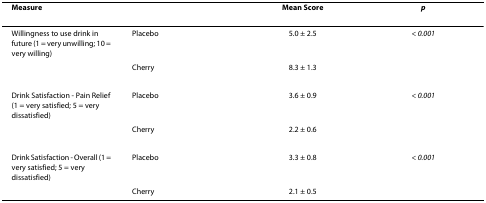
<table><thead><tr><td><b>Measure</b></td><td></td><td><b>Mean Score</b></td><td><b><i>p</i></b></td></tr></thead><tbody><tr><td>Willingness to use drink in future (1 = very unwilling; 10 = very willing)</td><td>Placebo</td><td>5.0 ± 2.5</td><td><i>&lt; 0.001</i></td></tr><tr><td></td><td>Cherry</td><td>8.3 ± 1.3</td><td></td></tr><tr><td>Drink Satisfaction - Pain Relief (1 = very satisfied; 5 = very dissatisfied)</td><td>Placebo</td><td>3.6 ± 0.9</td><td><i>&lt; 0.001</i></td></tr><tr><td></td><td>Cherry</td><td>2.2 ± 0.6</td><td></td></tr><tr><td>Drink Satisfaction - Overall (1 = very satisfied; 5 = very dissatisfied)</td><td>Placebo</td><td>3.3 ± 0.8</td><td><i>&lt; 0.001</i></td></tr><tr><td></td><td>Cherry</td><td>2.1 ± 0.5</td><td></td></tr></tbody></table>